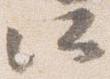
所